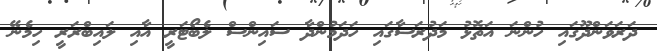
ދަރަވަންދޫގައި ހުންނަ އަތޮޅު މަދުރަސާގައި ހަދަމުންދާ ސައިންސް ލެބޯޓަރީ އާއި ލައިބްރަރީ ހިމެނޭ